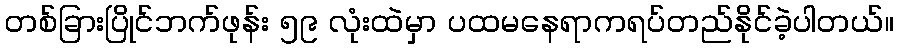
တစ်ခြားပြိုင်ဘက်ဖုန်း ၅၉ လုံးထဲမှာ ပထမနေရာကရပ်တည်နိုင်ခဲ့ပါတယ်။